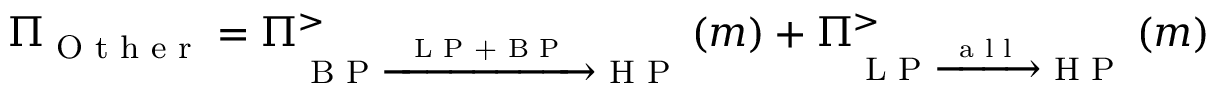
\Pi _ { \textrm { O t h e r } } = \Pi _ { \textrm { B P } \xrightarrow { \textrm { L P + B P } } \textrm { H P } } ^ { > } \left( m \right) + \Pi _ { \textrm { L P } \xrightarrow { \textrm { a l l } } \textrm { H P } } ^ { > } \left( m \right)